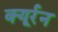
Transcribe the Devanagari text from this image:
क्यूर्रन